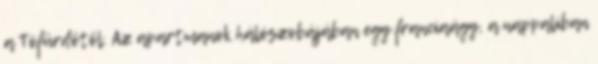
a Tófürdőtől. Az apartmanok hálószobájában egy franciaágy, a nappaliban